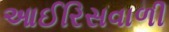
આઈરિસવાળી